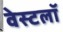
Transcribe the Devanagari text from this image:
वेस्टलॉ